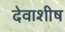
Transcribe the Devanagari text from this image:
देवाशीष